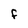
Character: F